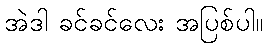
အဲဒါ ခင်ခင်လေး အပြစ်ပါ။